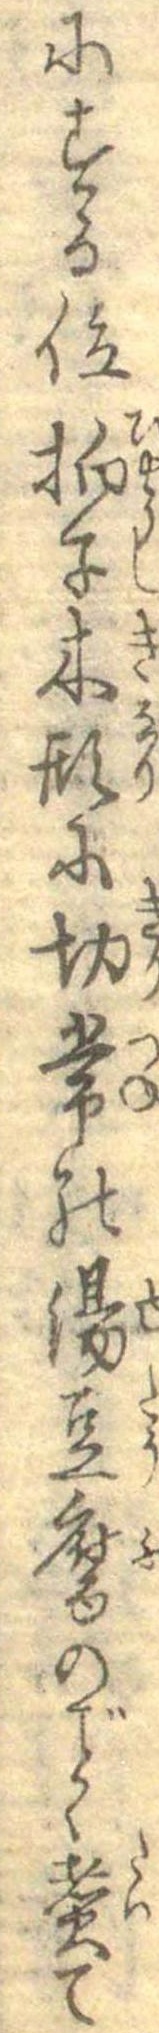
にする位拍子木形に切常の湯豆腐のごとく煮て